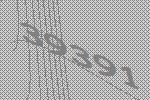
39391